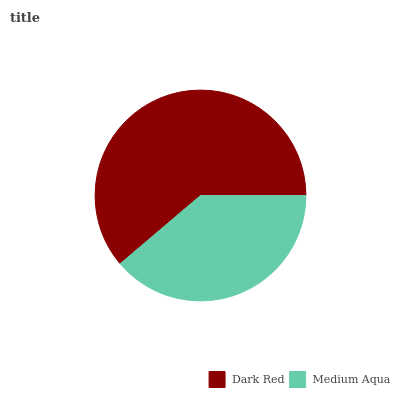
| Dark Red | Medium Aqua |
 | --- | --- |
 | 61.2% | 38.8% |